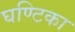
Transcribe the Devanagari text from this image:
घण्टिका